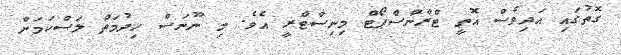
ގޮތުގައި އަދިވެސް އޮތީ ޓްރާންސްޕޯޓް މިނިސްޓްރީ އެވެ. މި ނޫނަސް ހިދުމަތް ލަސްކަމަށް